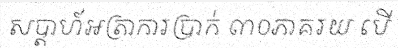
សប្តាហ៍អត្រាការប្រាក់ ៣០ភាគរយ បើ